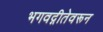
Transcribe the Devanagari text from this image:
भगवद्गीतेवरून